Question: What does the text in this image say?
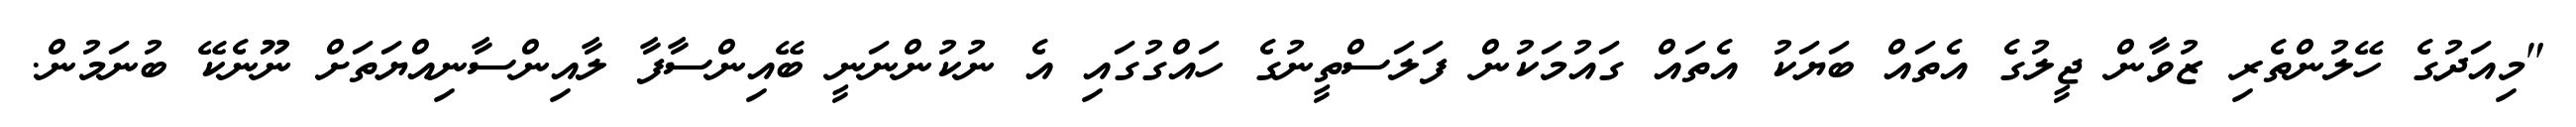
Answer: "މިއަދުގެ ހޭލުންތެރި ޒުވާން ޖީލުގެ އެތައް ބަޔަކު އެތައް ގައުމަކުން ފަލަސްތީނުގެ ހައްގުގައި އެ ނުކުންނަނީ ބޭއިންސާފާ ލާއިންސާނިއްޔަތަށް ނޫނެކޭ ބުނަމުން.